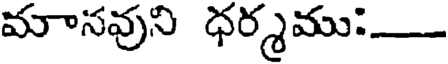
మానవుని ధర్మము: